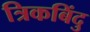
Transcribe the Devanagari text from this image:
त्रिकबिंदु